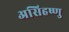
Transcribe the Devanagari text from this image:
असिहष्णु